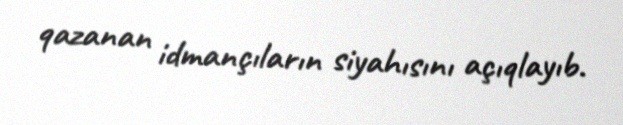
qazanan idmançıların siyahısını açıqlayıb.